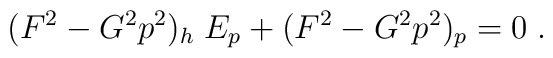
(F^2 - G^2 p^2)_h \; E_p + (F^2 - G^2 p^2)_p = 0 \; .